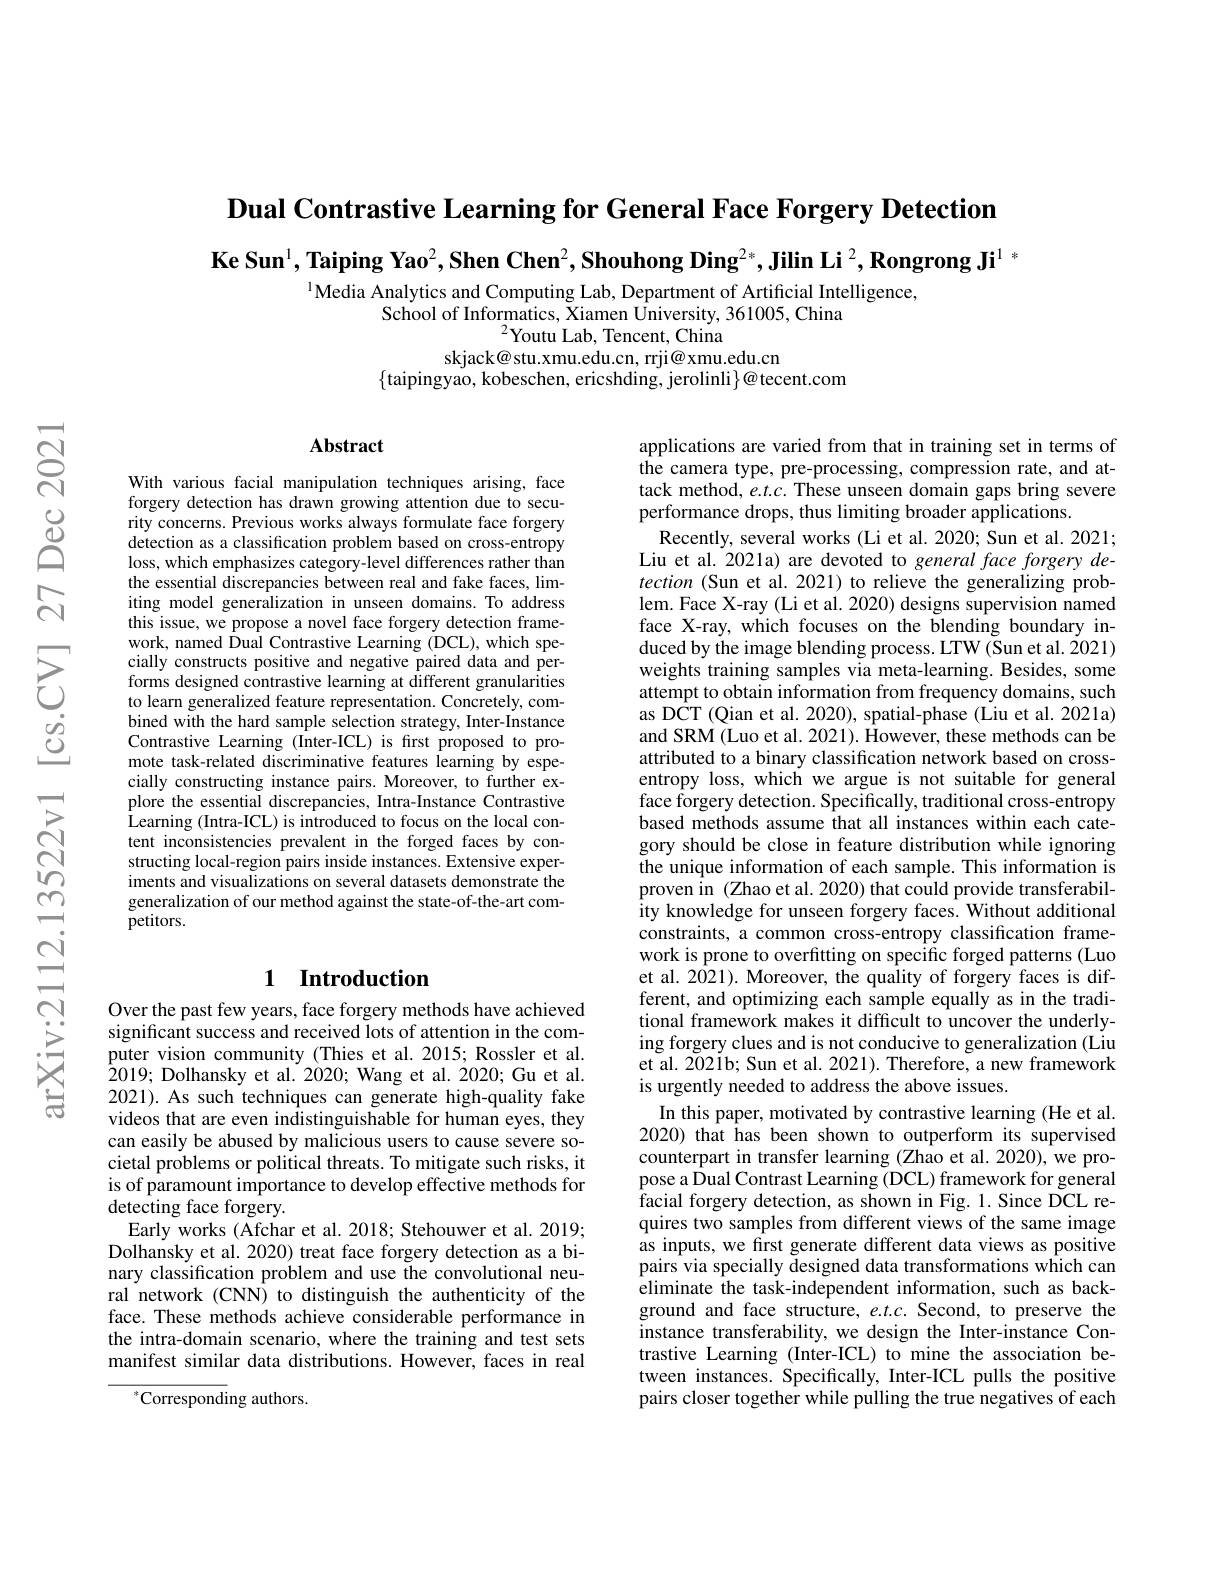
$\textbf{Dual Contrastive Learning for General Face Forgery Detection}$
$\textbf{Ke Sun}^1,\textbf{Taiping Yao}^2,\textbf{Shen Chen}^2,\textbf{Shouhong Ding}^{2*},\textbf{Jilin Li}^2,\textbf{Rongrong Ji}^1{\text{ *}}$
$^{1}$Media Analytics and Computing Lab, Department of Artificial Intelligence,

School of Informatics, Xiamen University, 361005, China
$^{2}$Youtu Lab, Tencent, China
skjack@ stu.xmu.edu.cn, rrji@ xmu.edu.cn

$\{$taipingyao, kobeschen, ericshding, jerolinli$\}@$tecent.com

### $\mathbf{Abstract}$

With various facial manipulation techniques arising, face forgery detection has drawn growing attention due to security concerns. Previous works always formulate face forgery detection as a classification problem based on cross-entropy loss, which emphasizes category-level differences rather than the essential discrepancies between real and fake faces, limiting model generalization in unseen domains. To address this issue, we propose a novel face forgery detection framework, named Dual Contrastive Learning (DCL), which specially constructs positive and negative paired data and performs designed contrastive learning at different granularities to learn generalized feature representation. Concretely, combined with the hard sample selection strategy, Inter-Instance Contrastive Learning (Inter-ICL) is frst proposed to promote task-related discriminative features learning by especially constructing instance pairs. Moreover, to further explore the essential discrepancies, Intra-Instance Contrastive Learning (Intra-ICL) is introduced to focus on the local content inconsistencies prevalent in the forged faces by constructing local-region pairs inside instances. Extensive experiments and visualizations on several datasets demonstrate the generalization of our method against the state-of-the-art com- ${\mathrm{petitors.}}$

applications are varied from that in training set in terms of the camera type, pre-processing, compression rate, and attack method, $e.t.c.$ These unseen domain gaps bring severe performance drops, thus limiting broader applications.
Recently, several works (Li et al. 2020; Sun et al. 2021; Liu et al. 2021a) are devoted to general face forgery detection (Sun et al. 2021) to relieve the generalizing problem. Face X-ray (Li et al. 2020) designs supervision named face X-ray, which focuses on the blending boundary induced by the image blending process. LTW (Sun et al. 2021) weights training samples via meta-learning. Besides, some attempt to obtain information from frequency domains, such as DCT (Qian et al. 2020), spatial-phase (Liu et al. 2021a) and SRM (Luo et al. 2021). However, these methods can be attributed to a binary classification network based on crossentropy loss, which we argue is not suitable for general face forgery detection. Specifically, traditional cross-entropy based methods assume that all instances within each category should be close in feature distribution while ignoring the unique information of each sample. This information is proven in (Zhao et al. 2020) that could provide transferability knowledge for unseen forgery faces. Without additional constraints, a common cross-entropy classification framework is prone to overfitting on specific forged patterns (Luo et al. 2021). Moreover, the quality of forgery faces is different, and optimizing each sample equally as in the traditional framework makes it difficult to uncover the underlying forgery clues and is not conducive to generalization (Liu et al. 2021b; Sun et al. 2021). Therefore, a new framework is urgently needed to address the above issues.
In this paper, motivated by contrastive learning (He et al. 2020) that has been shown to outperform its supervised counterpart in transfer learning (Zhao et al. 2020), we propose a Dual Contrast Learning (DCL) framework for general facial forgery detection, as shown in Fig. 1. Since DCL requires two samples from different views of the same image as inputs, we first generate different data views as positive pairs via specially designed data transformations which can eliminate the task-independent information, such as background and face structure, $e.t.c.$ Second, to preserve the instance transferability, we design the Inter-instance Contrastive Learning (Inter-ICL) to mine the association between instances. Specifically, Inter-ICL pulls the positive pairs closer together while pulling the true negatives of each

## 1 Introduction

Over the past few years, face forgery methods have achieved significant success and received lots of attention in the computer vision community (Thies et al.2015; Rossler et al. 2019; Dolhansky et al. 2020; Wang et al. 2020; Gu et al. 2021). As such techniques can generate high-quality fake videos that are even indistinguishable for human eyes, they can easily be abused by malicious users to cause severe societal problems or political threats. To mitigate such risks, it is of paramount importance to develop effective methods for detecting face forgery.
Early works (Afchar et al. 2018; Stehouwer et al. 2019; Dolhansky et al. 2020) treat face forgery detection as a binary classification problem and use the convolutional neural network (CNN) to distinguish the authenticity of the face. These methods achieve considerable performance in the intra-domain scenario, where the training and test sets manifest similar data distributions. However, faces in real
$^*$Corresponding authors.